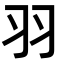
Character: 羽